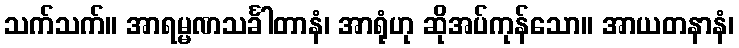
သက်သက်။ အာရမ္မဏသင်္ခါတာနံ၊ အာရုံဟု ဆိုအပ်ကုန်သော။ အာယတနာနံ၊